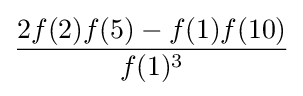
{\frac {2f(2)f(5)-f(1)f(10)}{f(1)^{3}}}